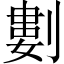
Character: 𠞭